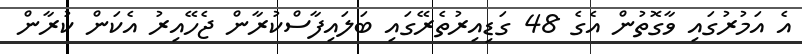
އެ އަމުރުގައި ވާގޮތުން އެގެ 48 ގަޑިއިރުތެރޭގައި ބަލައިފާސްކުރާން ޖެހޭއިރު އެކަން ކުރާން